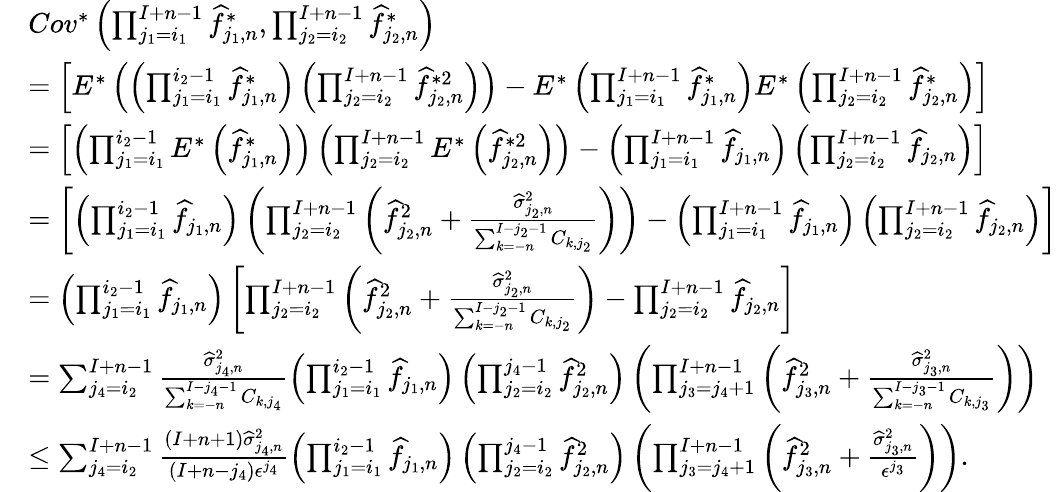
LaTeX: \begin{array}{rl}&{Cov^{*}\left(\prod_{j_{1}=i_{1}}^{I+n-1}\widehat f_{j_{1},n}^{*},\prod_{j_{2}=i_{2}}^{I+n-1}\widehat f_{j_{2},n}^{*}\right)}\\ &{=\left[E^{*}\left(\left(\prod_{j_{1}=i_{1}}^{i_{2}-1}\widehat f_{j_{1},n}^{*}\right)\left(\prod_{j_{2}=i_{2}}^{I+n-1}\widehat f_{j_{2},n}^{*2}\right)\right)-E^{*}\left(\prod_{j_{1}=i_{1}}^{I+n-1}\widehat f_{j_{1},n}^{*}\right)E^{*}\left(\prod_{j_{2}=i_{2}}^{I+n-1}\widehat f_{j_{2},n}^{*}\right)\right]}\\ &{=\left[\left(\prod_{j_{1}=i_{1}}^{i_{2}-1}E^{*}\left(\widehat f_{j_{1},n}^{*}\right)\right)\left(\prod_{j_{2}=i_{2}}^{I+n-1}E^{*}\left(\widehat f_{j_{2},n}^{*2}\right)\right)-\left(\prod_{j_{1}=i_{1}}^{I+n-1}\widehat f_{j_{1},n}\right)\left(\prod_{j_{2}=i_{2}}^{I+n-1}\widehat f_{j_{2},n}\right)\right]}\\ &{=\left[\left(\prod_{j_{1}=i_{1}}^{i_{2}-1}\widehat f_{j_{1},n}\right)\left(\prod_{j_{2}=i_{2}}^{I+n-1}\left(\widehat f_{j_{2},n}^{2}+\frac{\widehat\sigma_{j_{2},n}^{2}}{\sum_{k=-n}^{I-j_{2}-1}C_{k,j_{2}}}\right)\right)-\left(\prod_{j_{1}=i_{1}}^{I+n-1}\widehat f_{j_{1},n}\right)\left(\prod_{j_{2}=i_{2}}^{I+n-1}\widehat f_{j_{2},n}\right)\right]}\\ &{=\left(\prod_{j_{1}=i_{1}}^{i_{2}-1}\widehat f_{j_{1},n}\right)\left[\prod_{j_{2}=i_{2}}^{I+n-1}\left(\widehat f_{j_{2},n}^{2}+\frac{\widehat\sigma_{j_{2},n}^{2}}{\sum_{k=-n}^{I-j_{2}-1}C_{k,j_{2}}}\right)-\prod_{j_{2}=i_{2}}^{I+n-1}\widehat f_{j_{2},n}\right]}\\ &{=\sum_{j_{4}=i_{2}}^{I+n-1}\frac{\widehat\sigma_{j_{4},n}^{2}}{\sum_{k=-n}^{I-j_{4}-1}C_{k,j_{4}}}\left(\prod_{j_{1}=i_{1}}^{i_{2}-1}\widehat f_{j_{1},n}\right)\left(\prod_{j_{2}=i_{2}}^{j_{4}-1}\widehat f_{j_{2},n}^{2}\right)\left(\prod_{j_{3}=j_{4}+1}^{I+n-1}\left(\widehat f_{j_{3},n}^{2}+\frac{\widehat\sigma_{j_{3},n}^{2}}{\sum_{k=-n}^{I-j_{3}-1}C_{k,j_{3}}}\right)\right)}\\ &{\leq\sum_{j_{4}=i_{2}}^{I+n-1}\frac{(I+n+1)\widehat\sigma_{j_{4},n}^{2}}{(I+n-j_{4})\epsilon^{j_{4}}}\left(\prod_{j_{1}=i_{1}}^{i_{2}-1}\widehat f_{j_{1},n}\right)\left(\prod_{j_{2}=i_{2}}^{j_{4}-1}\widehat f_{j_{2},n}^{2}\right)\left(\prod_{j_{3}=j_{4}+1}^{I+n-1}\left(\widehat f_{j_{3},n}^{2}+\frac{\widehat\sigma_{j_{3},n}^{2}}{\epsilon^{j_{3}}}\right)\right).}\end{array}